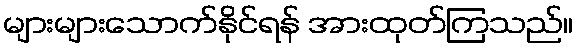
များများသောက်နိုင်ရန် အားထုတ်ကြသည်။